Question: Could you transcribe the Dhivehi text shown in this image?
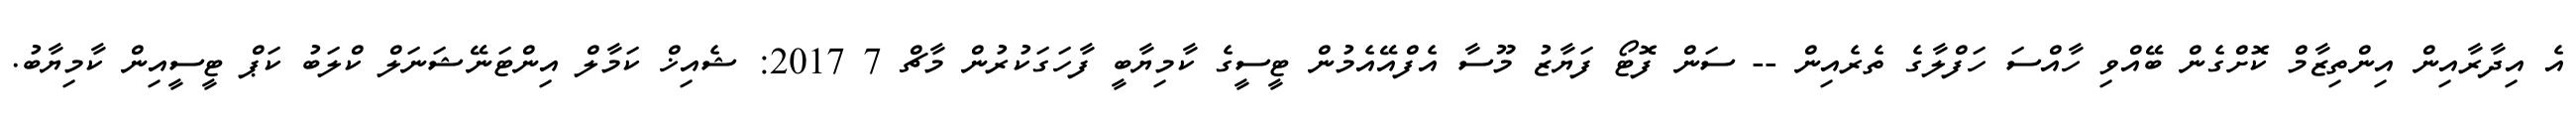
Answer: އެ އިދާރާއިން އިންތިޒާމް ކޮށްގެން ބޭއްވި ހާއްސަ ހަފްލާގެ ތެރެއިން -- ސަން ފޮޓޯ ފަޔާޒު މޫސާ އެފްއޭއެމުން ޓީސީގެ ކާމިޔާބީ ފާހަގަކުރުން މާޗް 7 2017: ޝެއިޚް ކަމާލް އިންޓަނޭޝަނަލް ކްލަބު ކަޕް ޓީސީއިން ކާމިޔާބު.